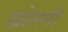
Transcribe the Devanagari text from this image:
खोलनी